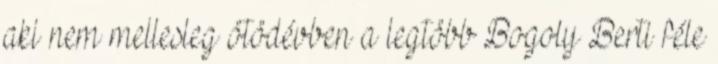
aki nem mellesleg ötödévben a legtöbb Bogoly Berti féle